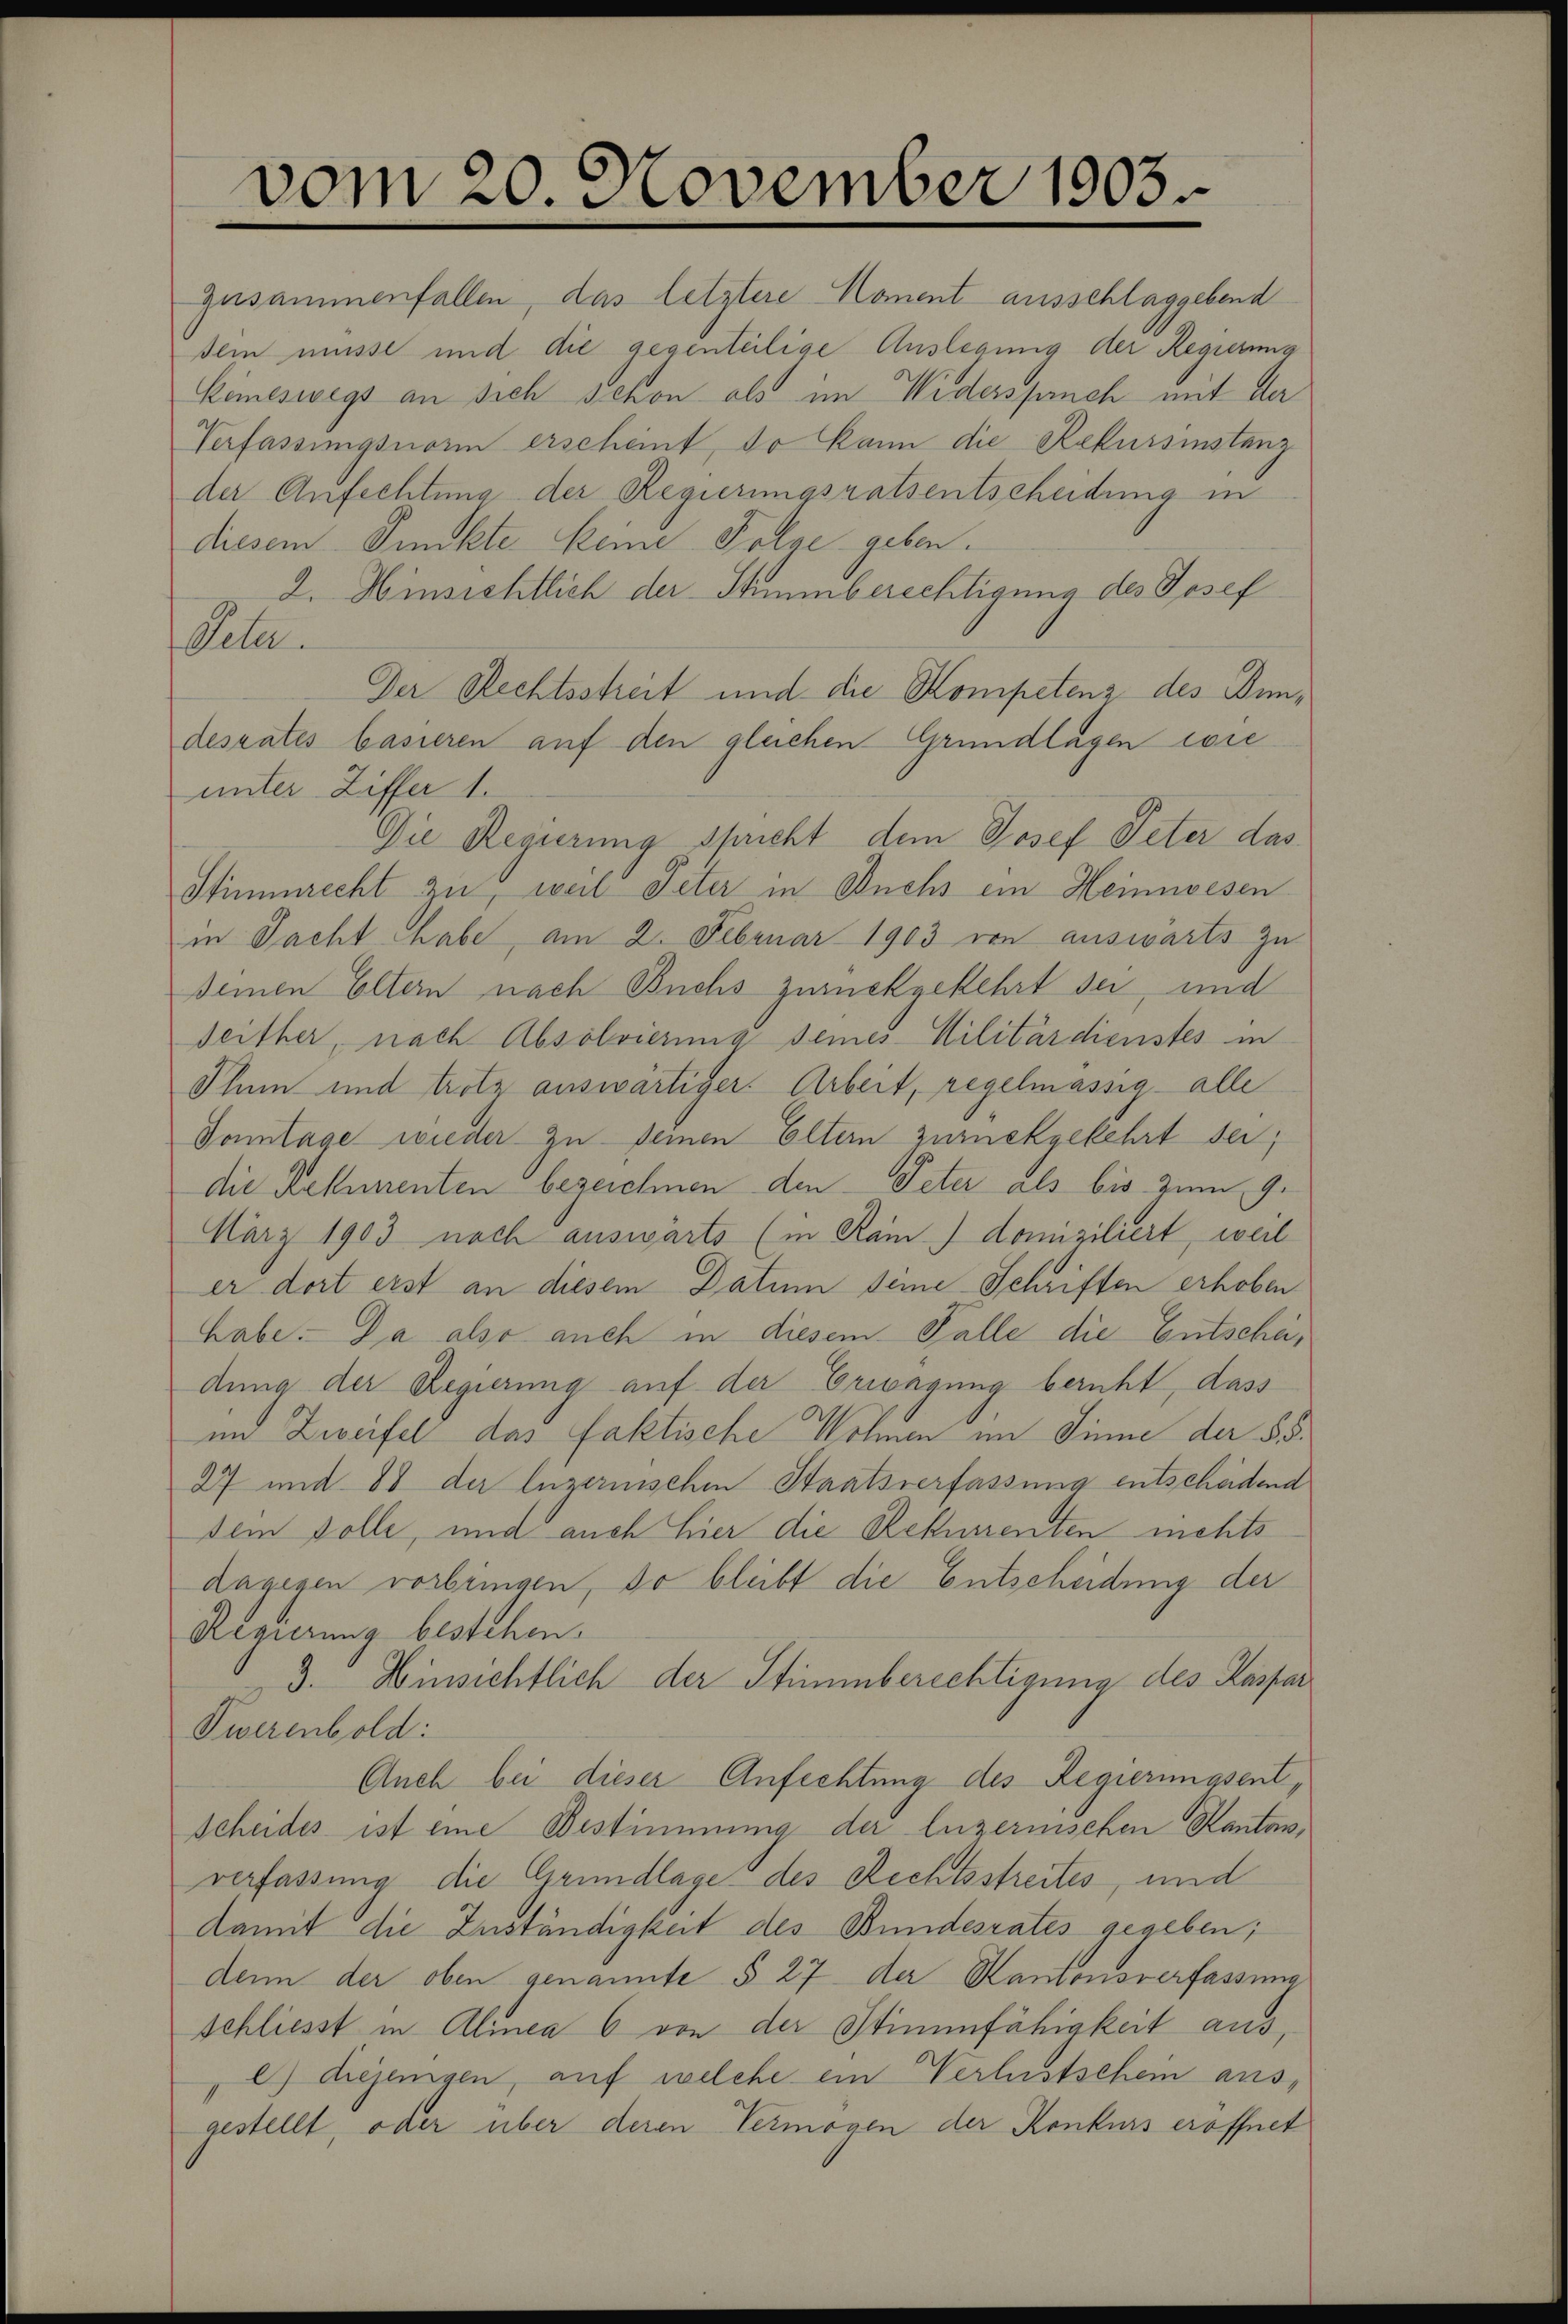
vom 20. November 1903.

Zusammenfallen, das letztere Koment ausschlaggebend
sein müsse und die gegenteilige Auslegung der Regierung
Kimeswegs an sich schon als im Widerspruch mit de
Verfassungsnorm erscheint, so kann die Rekursinstanz
der Anfechtung der Regierungsratsentscheidung in
diesem Punckte keine Folge geben.
2. Hinsichtlich der Stimmberechtigung des Josef
Pela
Der Rechtsstreit und die Kompetenz des Inndesrates basieren auf den gleichen Grundlagen wie
unter Ziffer 1.
Die Regierung spricht dem Josef Peter das
Stimmrecht zu, weil Peter in Buchs ein Heimwesen
in Pacht habe, am 2. Februar 1903 von auswärts zu
Deinen Eltern nach Buchs zurückgekehrt sei, und
Seither, nach Absolvierung deines Militärdienstes in
Thun und trotz auswärtiger. Arbeit, regelmässig alle
Sonntage wieder zu seinen Eltern zurückgekehrt sei;
die Rekurrenten bezeichnen den Peter als bis zum 9.
März 1903 noch auswärts (in Ram domiziliert, weil
er dort erst an diesem Datum seine Schriften erhoben
habe. Da also auch in diesem Falle die Entschädung der Regierung auf der Erwägung beruht, dass
und Zweifel das faktische Wohnen im Sinne der § 5.
27 und 88 der Luzernischen Staatsverfassung entschädend
sein solle, und auch hier die Rekurrenten nichts
dagegen vorbringen, so bleibt die Entscheidung der
Regierung bestehen.
3. Hinsichtlich der Stimmberechtigung des Kaspar
Twerenbold:
Auch bei dieser Anfechtung des Regierungsent¬
Scheides ist eine Bestimmung der luzernischen Kanton,
verfassung die Grundlage des Rechtsstreites, und
damit die Zuständigkeit des Bundesrates gegeben;
denn der oben genannte § 27 der Kantonsverfassung
schliesst in Alinea 6 von der Stimmfähigkeit aus,
) diejenigen, auf welche ein Verlustschein ausgestellt, oder über deren Vermögen der Konkurs eröffnet